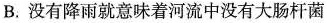
B.没有降雨就意味着河流中没有大肠杆菌